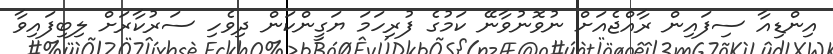
އިންޑިއާ ސިފައިން ރާއްޖެއަށް ނުވޮނުވާނޭ ކަމުގެ ފުރިހަމަ ޔަގީންކަން ދިވެހި ސަރުކާރަށް ލިބިފައިވާ